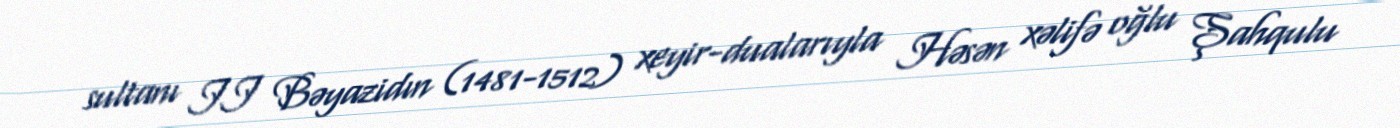
sultanı II Bəyazidın (1481-1512) xeyir-dualarıyla Həsən xəlifə oğlu Şahqulu